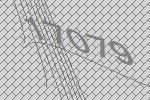
17079